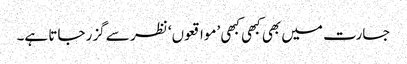
جسارت میں بھی کبھی کبھی ’مواقعوں‘ نظر سے گزر جاتا ہے۔